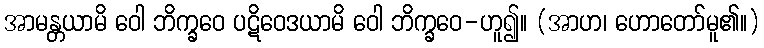
အာမန္တယာမိ ဝေါ ဘိက္ခဝေ ပဋိဝေဒယာမိ ဝေါ ဘိက္ခဝေ-ဟူ၍။ (အာဟ၊ ဟောတော်မူ၏။)